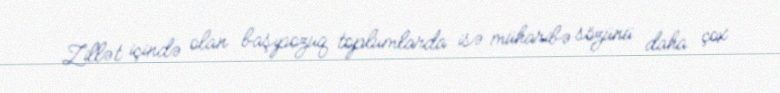
Zillət içində olan başıpozuq toplumlarda isə müharibə sözünü daha çox